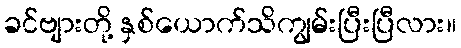
ခင်ဗျားတို့ နှစ်ယောက်သိကျွမ်းပြီးပြီလား။